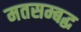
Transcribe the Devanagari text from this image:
मतसम्बद्ध